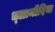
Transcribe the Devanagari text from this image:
च्‍लामीदिया